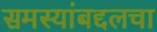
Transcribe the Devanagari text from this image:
समस्यांबद्दलचा